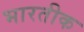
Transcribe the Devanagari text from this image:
भारतीक